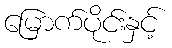
မြောက်ပိုင်းနှင့်